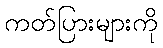
ကတ်ပြားများကို